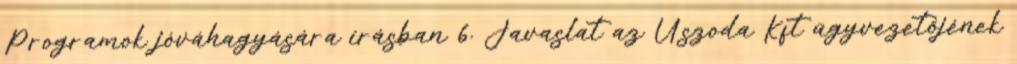
Programok jóváhagyására írásban 6. Javaslat az Uszoda Kft ügyvezetőjének